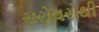
સરોવરોથી